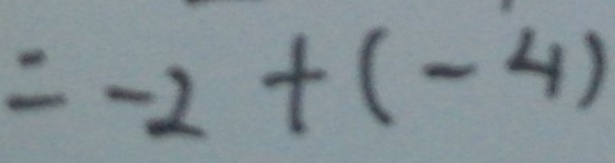
= - 2 + ( - 4 )